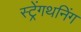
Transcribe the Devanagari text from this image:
स्ट्रेंगथनिंग